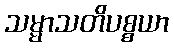
သမ္မာသတိပစ္စယာ